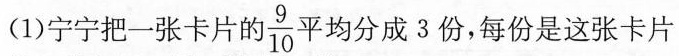
(1)宁宁把一张卡片的 \frac{9}{10} 平均分成3份，每份是这张卡片